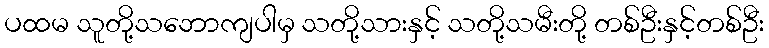
ပထမ သူတို့သဘောကျပါမှ သတို့သားနှင့် သတို့သမီးတို့ တစ်ဦးနှင့်တစ်ဦး